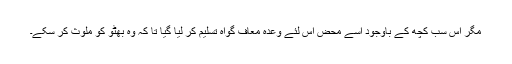
مگر اس سب کچھ کے باوجود اسے محض اس لئے وعدہ معاف گواہ تسلیم کر لیا گیا تا کہ وہ بھٹو کو ملوث کر سکے۔